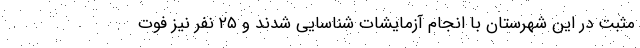
مثبت در این شهرستان با انجام آزمایشات شناسایی شدند و ۲۵ نفر نیز فوت